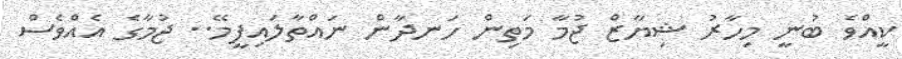
ކީއްވެ ބުނީ މިހާރު ޝިޔާޒް ޖުމާ މަތިން ހަނދާން ނައްތާލައިފީމޭ.. ޖުމާގެ އެއްވެސް